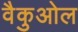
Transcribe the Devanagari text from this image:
वैकुओल